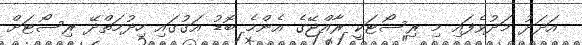
އަދަދު މަދުވެފައި މި ރިސޯޓަކީ ރާއްޖޭގެ އެންމެ ބޮޑު އަގުގައި ހިދުމަތްދޭ ރިސޯޓަށް